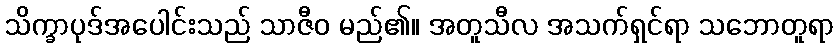
သိက္ခာပုဒ်အပေါင်းသည် သာဇီဝ မည်၏။ အတူသီလ အသက်ရှင်ရာ သဘောတူရာ